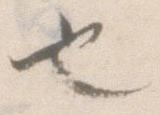
也